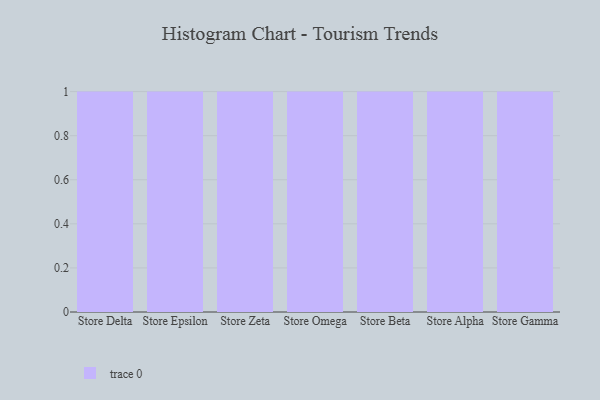
{"axis": {"x": "Store", "y": "Humidity (%)"}, "legend": [""], "data": [{"x": "Store Delta", "y": 91, "type": ""}, {"x": "Store Epsilon", "y": 42, "type": ""}, {"x": "Store Zeta", "y": 34, "type": ""}, {"x": "Store Omega", "y": 59, "type": ""}, {"x": "Store Beta", "y": 89, "type": ""}, {"x": "Store Alpha", "y": 50, "type": ""}, {"x": "Store Gamma", "y": 36, "type": ""}]}